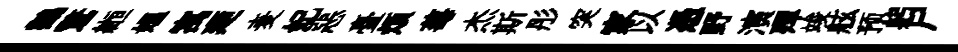
鸛驚縆媪寓廼麦妃惡臺煩莓杰斯彤突家以憑野演殫竣舷预躬尸